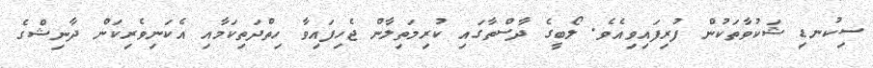
ސިކުނޑި ޝަކުވާތަކުންް ފުރިފައިވިއެވެ. ލޯބީގެ ދާސްތާގައި ކުރިމަތިލާން ޖެހިފައިވާ ހިތްދަތިކަމާއި އެކަނިވެރިކަން ދާނިޝްގެ